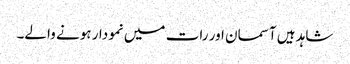
شاہد ہیں آسمان اور رات میں نمودار ہونے والے۔